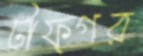
টাফ্গর